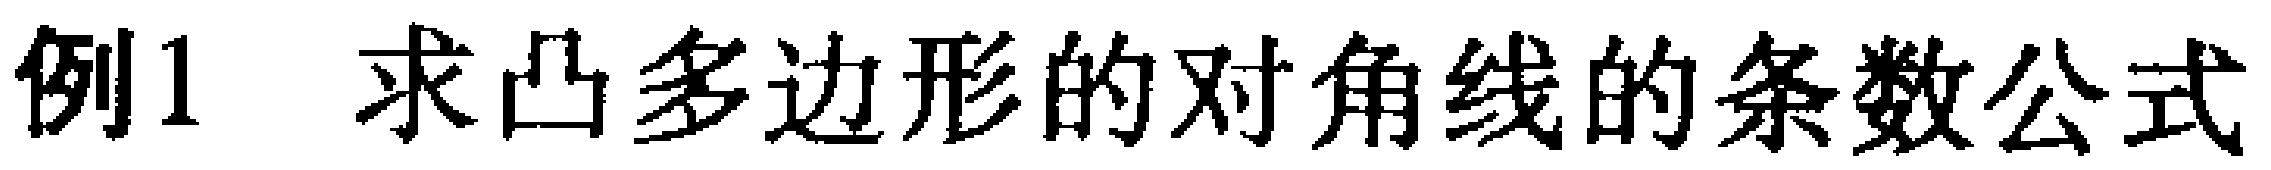
例1 求凸多边形的对角线的条数公式